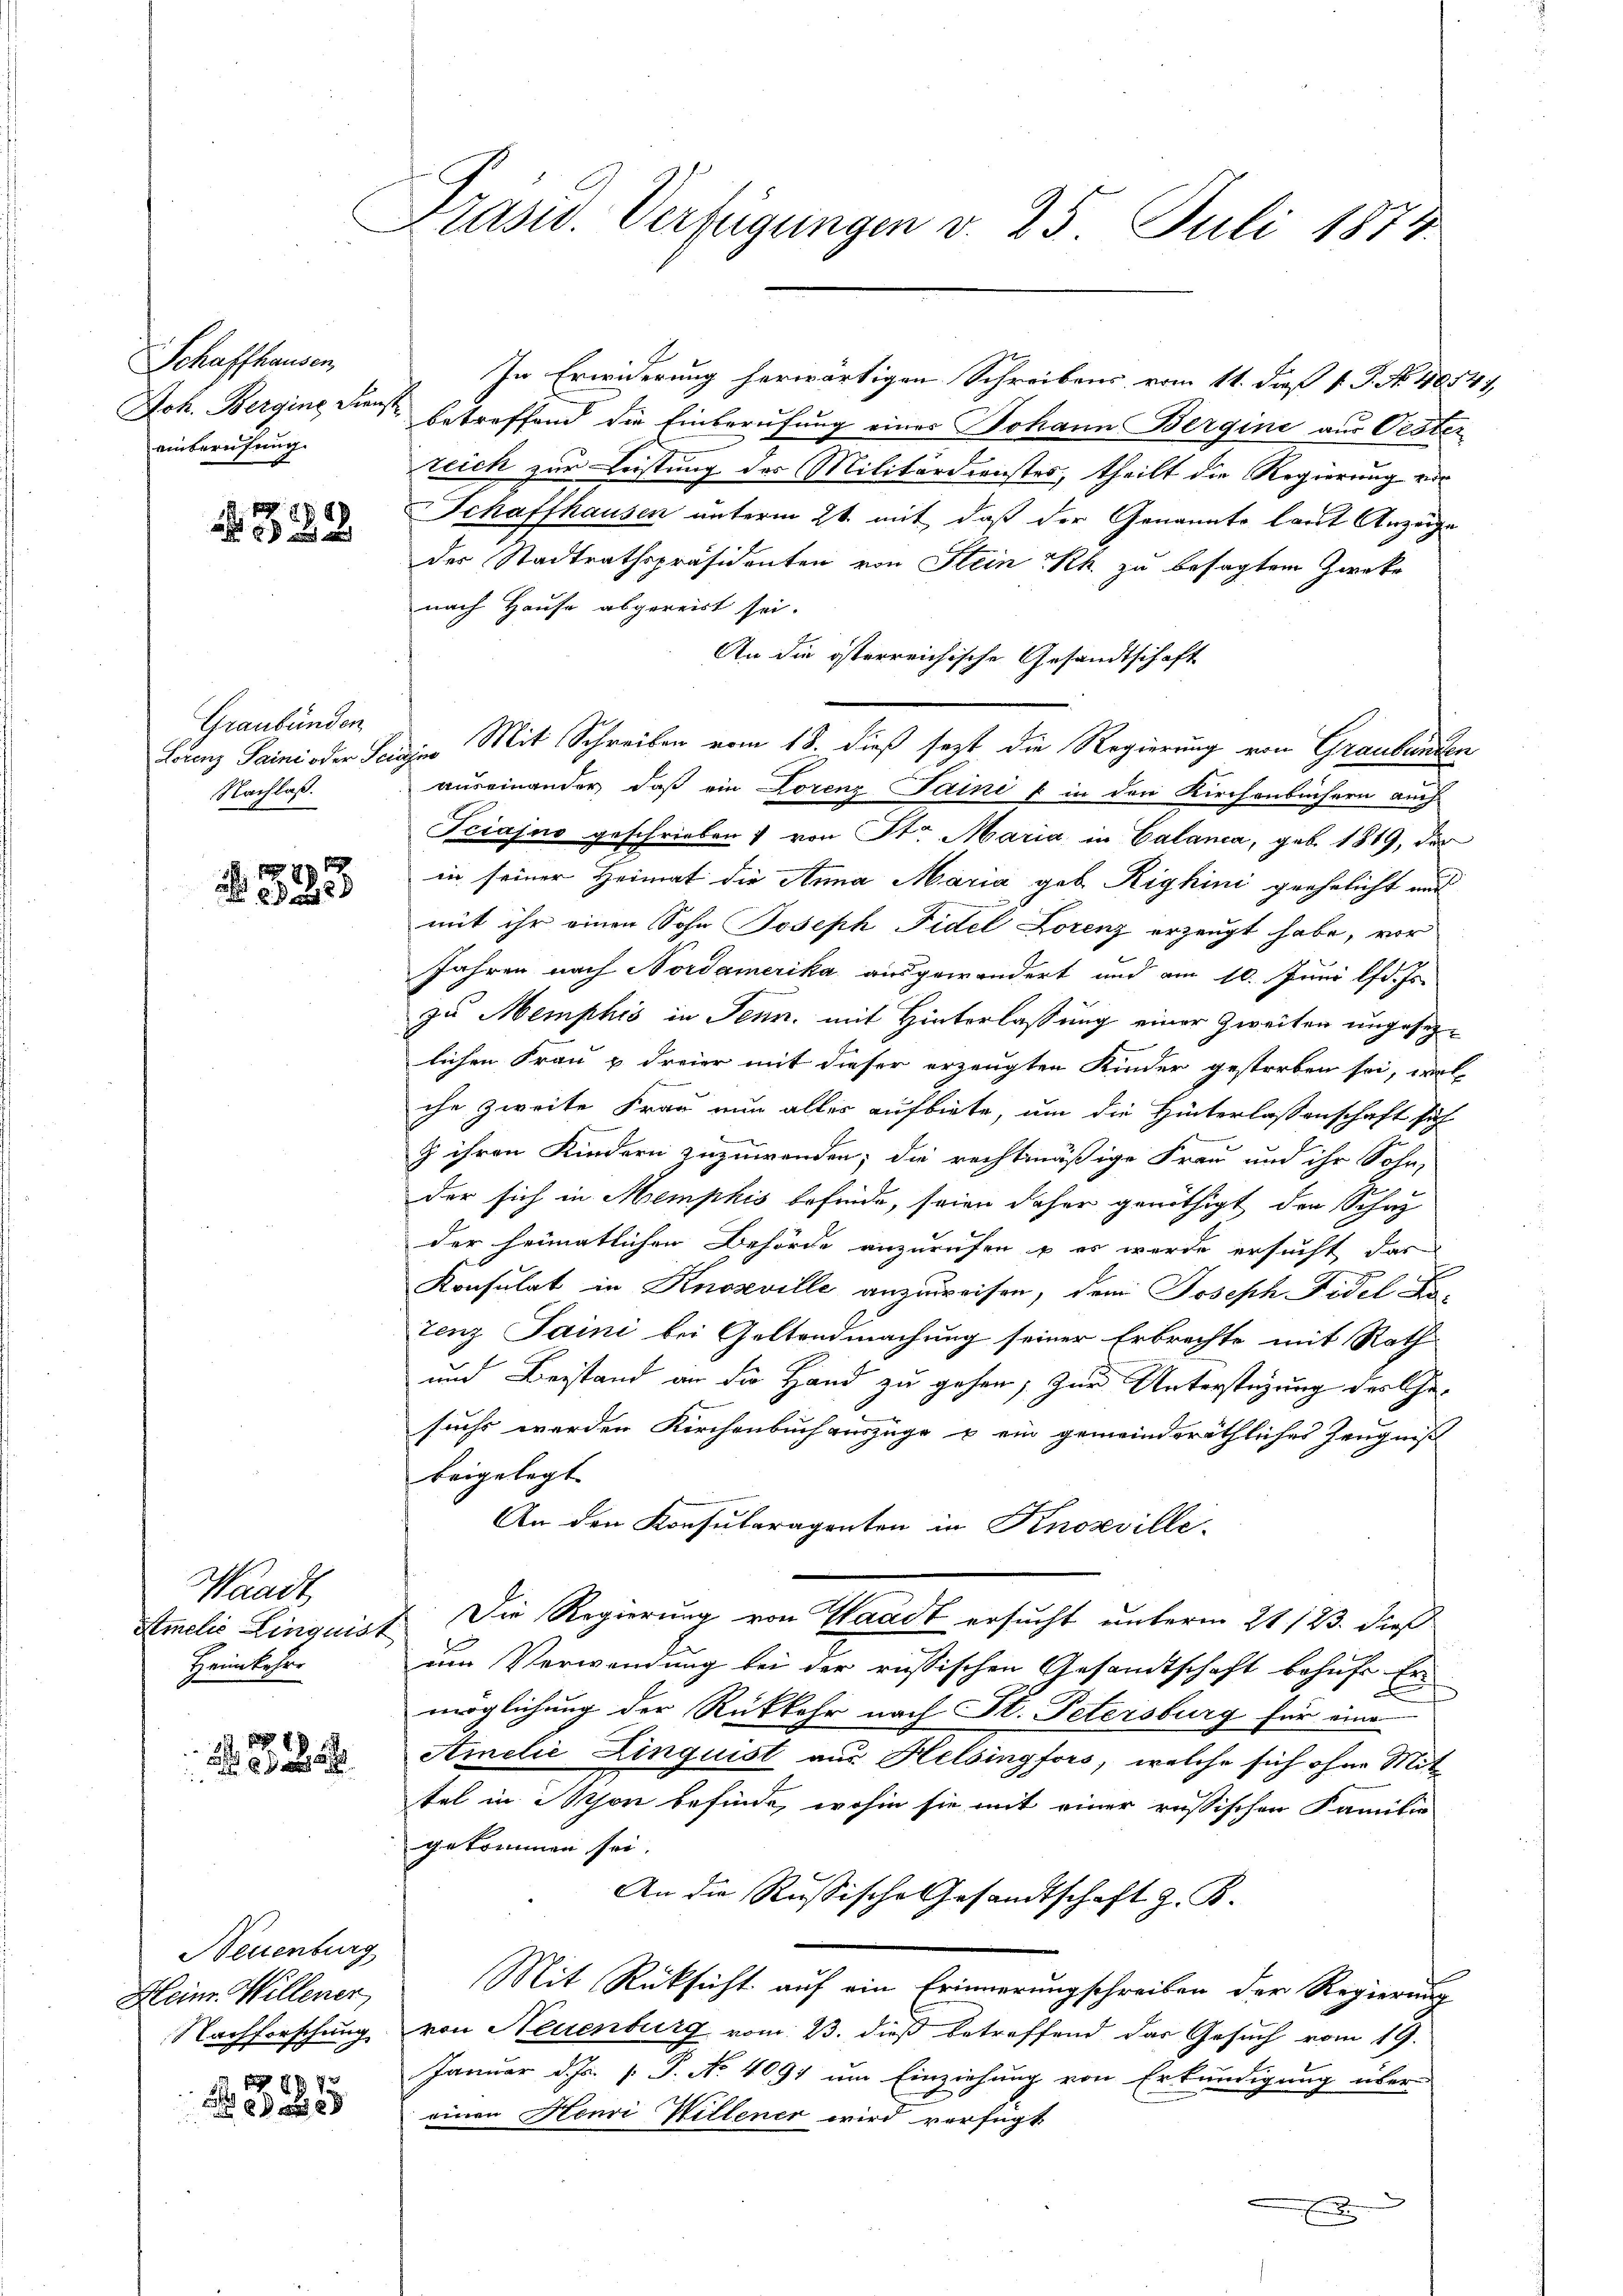
Schaffhausen,
einberufung.

1382

Graubünden
Nachlaß.

1
178
 228

Waadt,
Stmelić Linquist
Heimkehre

2 S. 88
2

Neuenburg
Heinr. Willener
Nachforschung
19873

u
8
u

Präsid. Verfügungen v. 25 Juli 1873

In Erwiderung herwärtigen Schreibens vom 11. daß P. P. No. 40541,
Joh. Bergine Diens betreffend die Einberufung einer Johann Bergine aus Oester
reich zur Leistung des Militärdienstes, theilt die Regierung ein
Schaffhausen unterm 21. mit, daß der Genannte laut Anzeige
des Stadtrathspräsidenten von Stein Rh. zu besagtem Zwecke
nach Hause abgereist sei.
An die österreichische Gesandtschaft
Louenz Paini oder Lasses Mit Schreiben vom 18. dieß sezt die Regierung von Graubünden
auseinander, daß ein Lorenz Sainit in den Kirchenbüchern auch
Fciajno geschrieben von Str. Maria in Calanca, geb. 1819, der
in seiner Heimat die Anna Maria geb. Righini geehelicht und
mit ihr einen Sohn Joseph Fidel Lorenz erzeugt habe, vor
Jahren nach Nordamerika ausgewändert und am 10. Juni lfd. Js.
zu Memphis in Jenn, mit Hinterlassung einer Zweiten ungesezlichen Frau & dreier mit dieser erzeugten Kinder gestorben sei, wel
che zweite Frau nun alles aufbiete, um die Hinterlassenschaft sich
z ihren Kindern zuzuwenden; die rechtmäßige Frau und ihr Sohn,
der sich in Memphis befinde, seien daher genöthigt den Schaz
der heimatlichen Behörde anzurufen u es werde ersucht das
Konsulat in Knozville anzuweisen, dem Joseph Fidel Ko-
tenz Saini bei Geltendmachung seiner Erbrechte mit Rath
und Beistand an die Hand zu gehen, zur Unterstüzung der Ge-
sucht werden Kirchenbuch auszüge & ein gemeindsräthliches Zeugniß
beigelegt
An den Konsularagenten in Knoxville.
. Die Regierung von Waadt ersucht unterm 21 123. dieß
um Verwendung bei der russischen Gesandtschaft behufe Er
möglichung der Rückkehr nach St. Petersburg für eine
Amelić Linquist aus Helsingfors, welche sich ohne Mit-
tel in son befinde, wohin sie mit einer russischen Familie
gekommen sei.
An die Russische Gesandtschaft z. B.
Mit Rücksicht auf ein Erinnerungschreiben der Regierung
von Neuenburg vom 23. dieß betreffend das Gesuch vom 19.
Januar d. Js. [ P. No 4091 um Einziehung von Erkundigung über-
einen Henri Willener wird verfügt